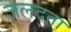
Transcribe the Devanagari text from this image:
जलदता